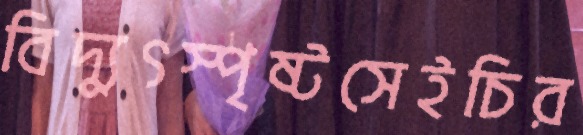
বিদ্যুৎস্পৃষ্টসেইচির